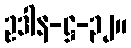
ဥဒါန-ဋ္ဌ-၃၂။